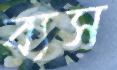
ব্যস